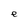
Character: e